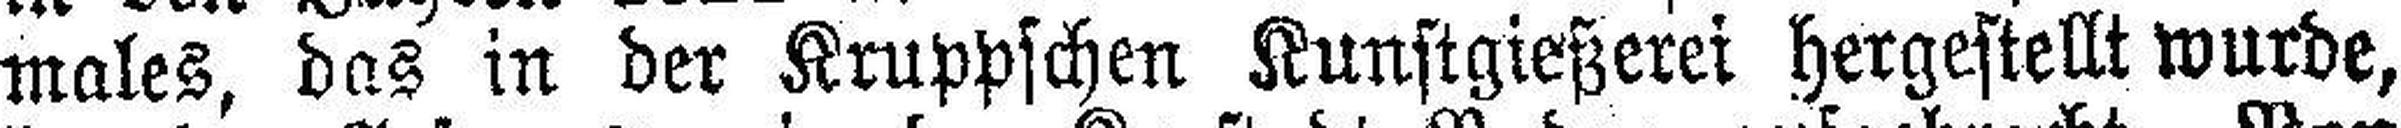
males, das in der Kruppschen Kunstgießerei hergestellt wurde,